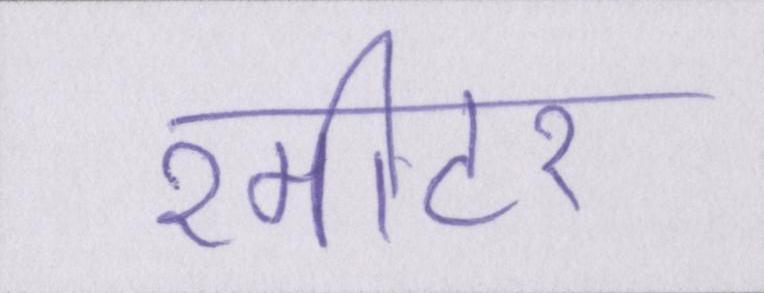
२मीटर